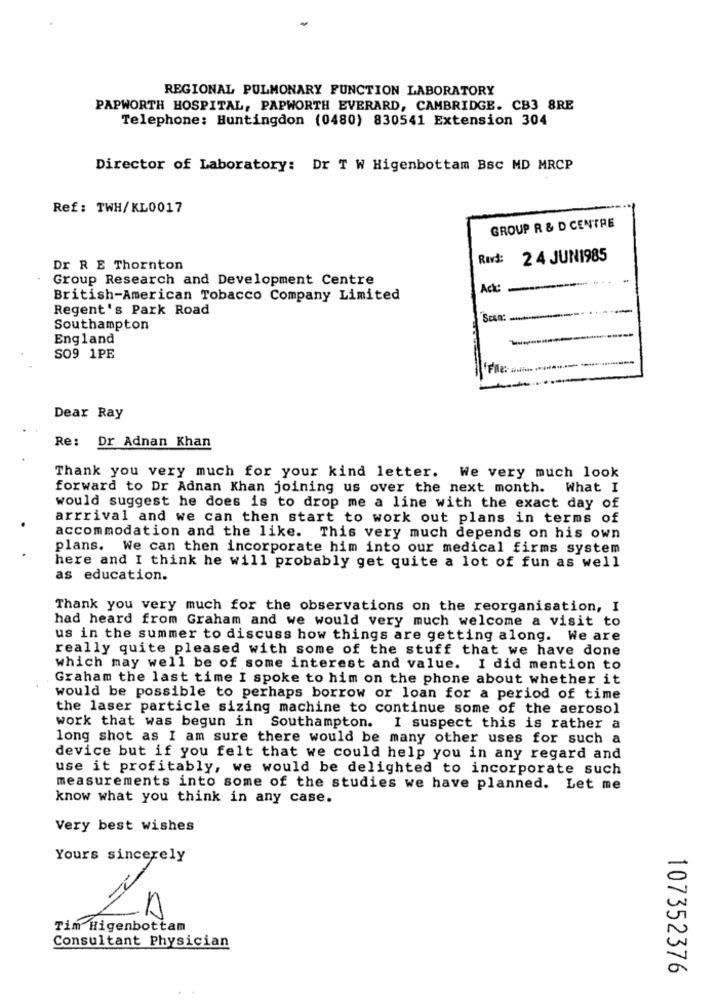
REGIONAL PULMONARY FUNCTION LABORATORY
PAPWORTH HOSPITAL, PAPWORTH EVERARD, CAMBRIDGE. CB3 8RE
Telephone: Huntingdon (0480) 830541 Extension 304
Director of Laboratory: Dr T W Higenbottam Bsc MD MRCP
Ref: TWH/KL0017
GROUP R & D CENTRE
RIvs:
2 4 JUN1985
Dr R E Thornton
Group Research and Development Centre
Acc
British-American Tobacco Company Limited
Regent's Park Road
Southampton
England
SO9 1PE
Dear Ray
Re: Dr Adnan Khan
Thank you very much for your kind letter. We very much look
forward to Dr Adnan Khan joining us over the next month. What I
would suggest he does is to drop me a line with the exact day of
arrrival and we can then start to work out plans in terms of
accommodation and the like. This very much depends on his own
plans. We can then incorporate him into our medical firms system
here and I think he will probably get quite a lot of fun as well
as education.
Thank you very much for the observations on the reorganisation, I
had heard from Graham and we would very much welcome a visit to
us in the summer to discuss how things are getting along. We are
really quite pleased with some of the stuff that we have done
which may well be of some interest and value. I did mention to
Graham the last time I spoke to him on the phone about whether it
would be possible to perhaps borrow or loan for a period of time
the laser particle sizing machine to continue some of the aerosol
work that was begun in Southampton. I suspect this is rather a
long shot as I am sure there would be many other uses for such a
device but if you felt that we could help you in any regard and
use it profitably, we would be delighted to incorporate such
measurements into some of the studies we have planned. Let me
know what you think in any case.
Very best wishes
Yours sincerely
LA
Tim Higenbottam
Consultant Physician
107352376